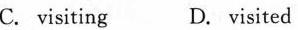
C. visiting D. visited